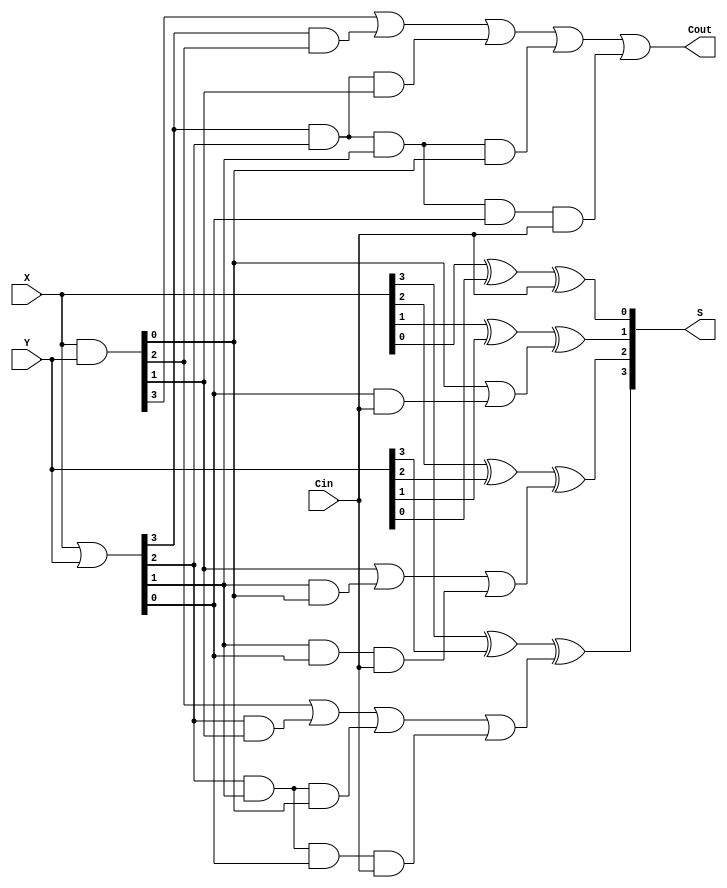
`timescale 1ns / 1ps

module CLA_4 (X, Y, Cin, S, Cout);

input   [3:0]   X, Y;
input           Cin;
output  [3:0]   S;
output          Cout;

wire    [3:0]   G = X & Y, P = X | Y;
wire    [2:0]   temp_Cout;

// Carry of each bit.
assign Cout         = G[3] | (P[3] & G[2]) | (P[3] & P[2] & G[1]) | (P[3] & P[2] & P[1] & G[0]) | (P[3] & P[2] & P[1] & P[0] & Cin);
assign temp_Cout[2] = G[2] | (P[2] & G[1]) | (P[2] & P[1] & G[0]) | (P[2] & P[1] & P[0] & Cin);
assign temp_Cout[1] = G[1] | (P[1] & G[0]) | (P[1] & P[0] & Cin)  ;
assign temp_Cout[0] = G[0] | (P[0] & Cin)  ;

// Sum of each bit.
assign S[3] = X[3] ^ Y[3] ^ temp_Cout[2];
assign S[2] = X[2] ^ Y[2] ^ temp_Cout[1];
assign S[1] = X[1] ^ Y[1] ^ temp_Cout[0];
assign S[0] = X[0] ^ Y[0] ^ Cin;

endmodule